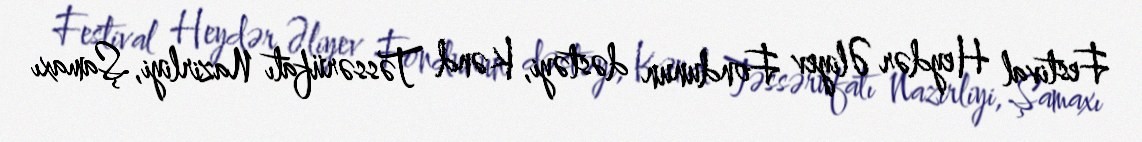
Festival Heydər Əliyev Fondunun dəstəyi, Kənd Təssərüfatı Nazirliyi, Şamaxı